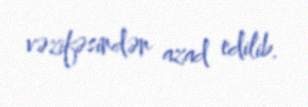
vəzifəsindən azad edilib.